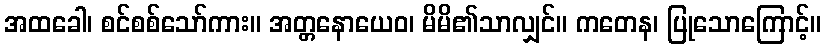
အထခေါ၊ စင်စစ်သော်ကား။ အတ္တနောယေဝ၊ မိမိ၏သာလျှင်။ ကတေန၊ ပြုသောကြောင့်။